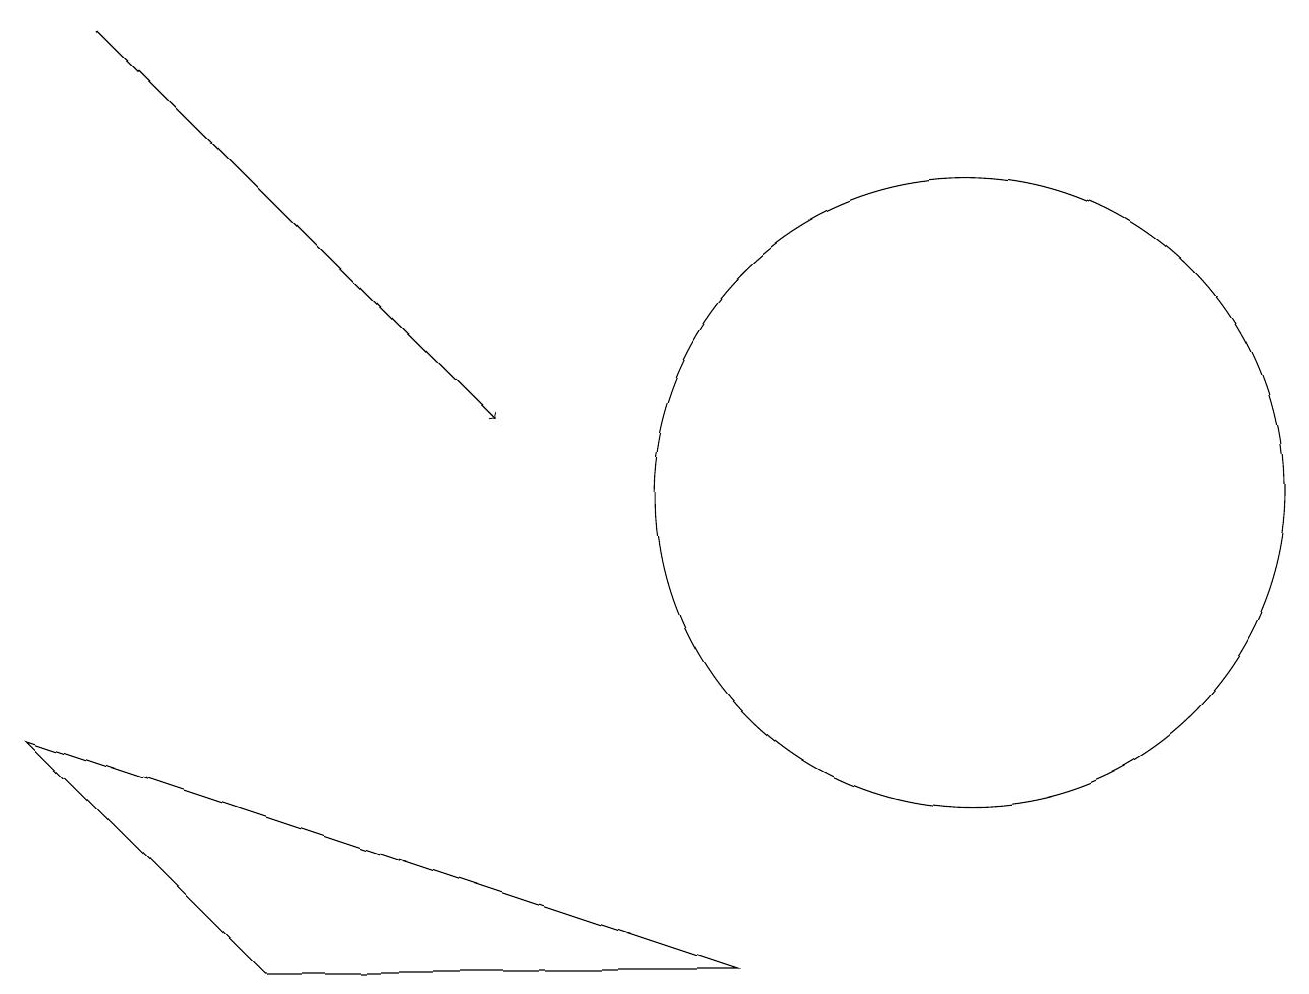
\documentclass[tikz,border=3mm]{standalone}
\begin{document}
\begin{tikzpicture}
\draw (0,8) -- (3,5) -- (9,5) -- cycle;
\draw[->] (1,17) -- (6,12);
\draw (12,11) circle (4);
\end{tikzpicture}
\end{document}